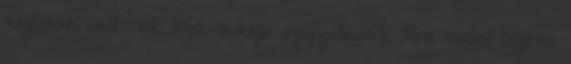
megtenne, amit csak lehet, önmaga gyógyulásáért. Nem szabad teljesen